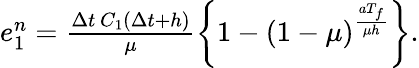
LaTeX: \begin{array}{r}{e_{1}^{n}=\frac{\Delta t\, C_{1}(\Delta t+h)}{\mu}\left\{ 1-\left(1-\mu\right)^{\frac{aT_{f}}{\mu h}}\right\} .}\end{array}